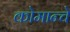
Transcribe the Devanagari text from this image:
कोमान्चे